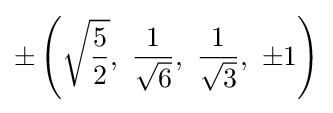
\pm \left({\sqrt {\frac {5}{2}}},\ {\frac {1}{\sqrt {6}}},\ {\frac {1}{\sqrt {3}}},\ \pm 1\right)